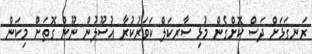
ރަނގަޅަށް ދަސް ކޮށްގެން މުޅި ސާރކަލް ކަވަރުކުރާ އުސޫލުން ނޫން ގޮތަށް މިކަން